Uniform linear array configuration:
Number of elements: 16
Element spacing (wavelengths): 0.5
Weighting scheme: cosine
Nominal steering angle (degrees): -30
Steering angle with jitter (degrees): -30.826
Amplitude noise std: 0.05
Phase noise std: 0.05

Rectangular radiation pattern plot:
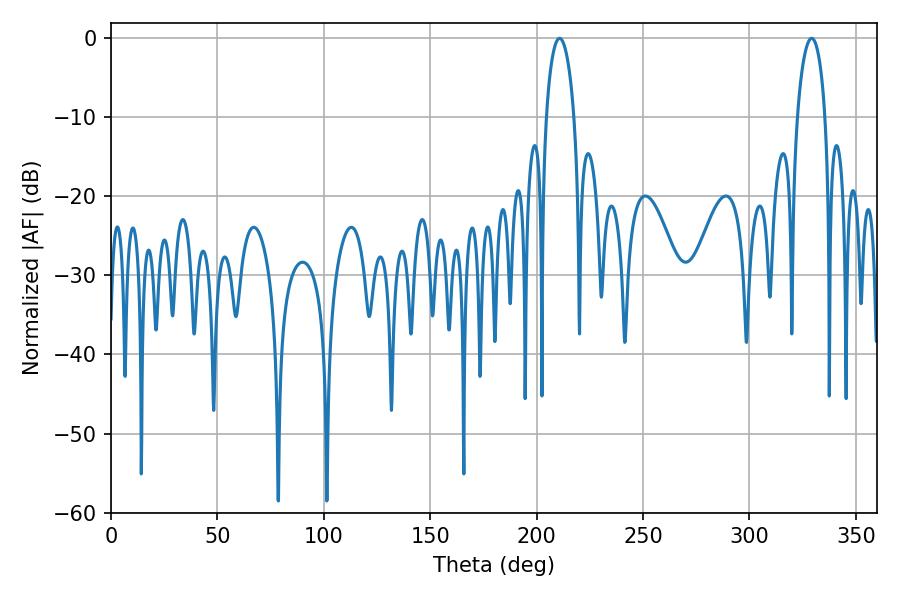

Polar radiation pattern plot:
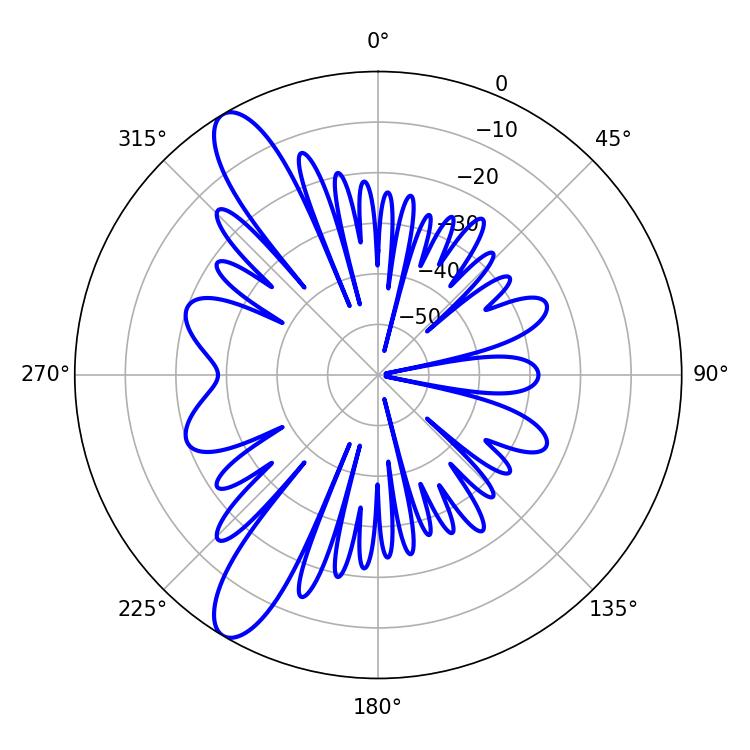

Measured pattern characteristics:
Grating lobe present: FALSE
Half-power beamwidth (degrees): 7.38
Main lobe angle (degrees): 210.78